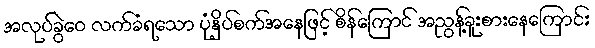
အလုပ်ခွဲဝေ လက်ခံရသော ပုံနှိပ်စက်အနေဖြင့် စိန်ကြောင် အညွန့်ခူးစားနေကြောင်း